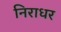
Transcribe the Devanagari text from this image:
निराधर